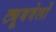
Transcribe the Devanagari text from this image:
ट्यूबवेलों